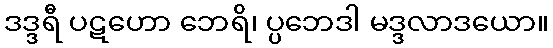
ဒဒ္ဒရီ ပဋဟော ဘေရိ၊ ပ္ပဘေဒါ မဒ္ဒလာဒယော။